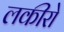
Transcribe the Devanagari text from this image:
लकीरो